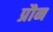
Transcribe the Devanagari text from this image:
प्रौन